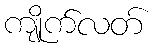
ကျိုက်လတ်